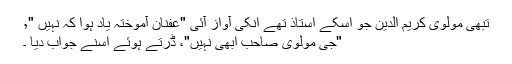
تبھی مولوی کریم الدین جو اُسکے استاذ تھے انکی آواز آئی "عفنان آموختہ یاد ہوا کہ نہیں "٬
"جی مولوی صاحب ابھی نہیں"، ڈرتے ہوئے اسنے جواب دیا ۔